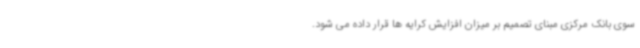
سوی بانک مرکزی مبنای تصمیم بر میزان افزایش کرایه ها قرار داده می شود.